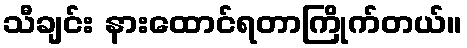
သီချင်း နားထောင်ရတာကြိုက်တယ်။